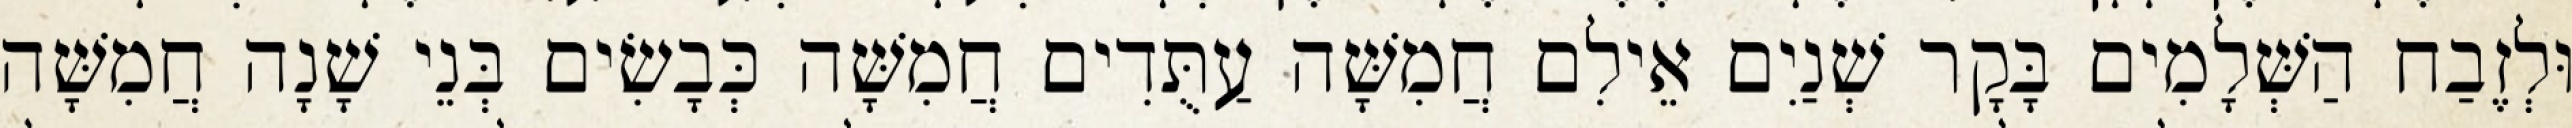
וּלְזֶבַח הַשְּׁלָמִים בָּקָר שְׁנַיִם אֵילִם חֲמִשָּׁה עַתֻּדִים חֲמִשָּׁה כְּבָשִׂים בְּנֵי שָׁנָה חֲמִשָּׁה